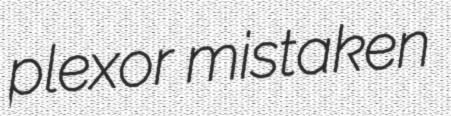
plexor mistaken